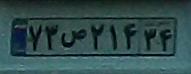
۷۳ص۲۱۴۳۴